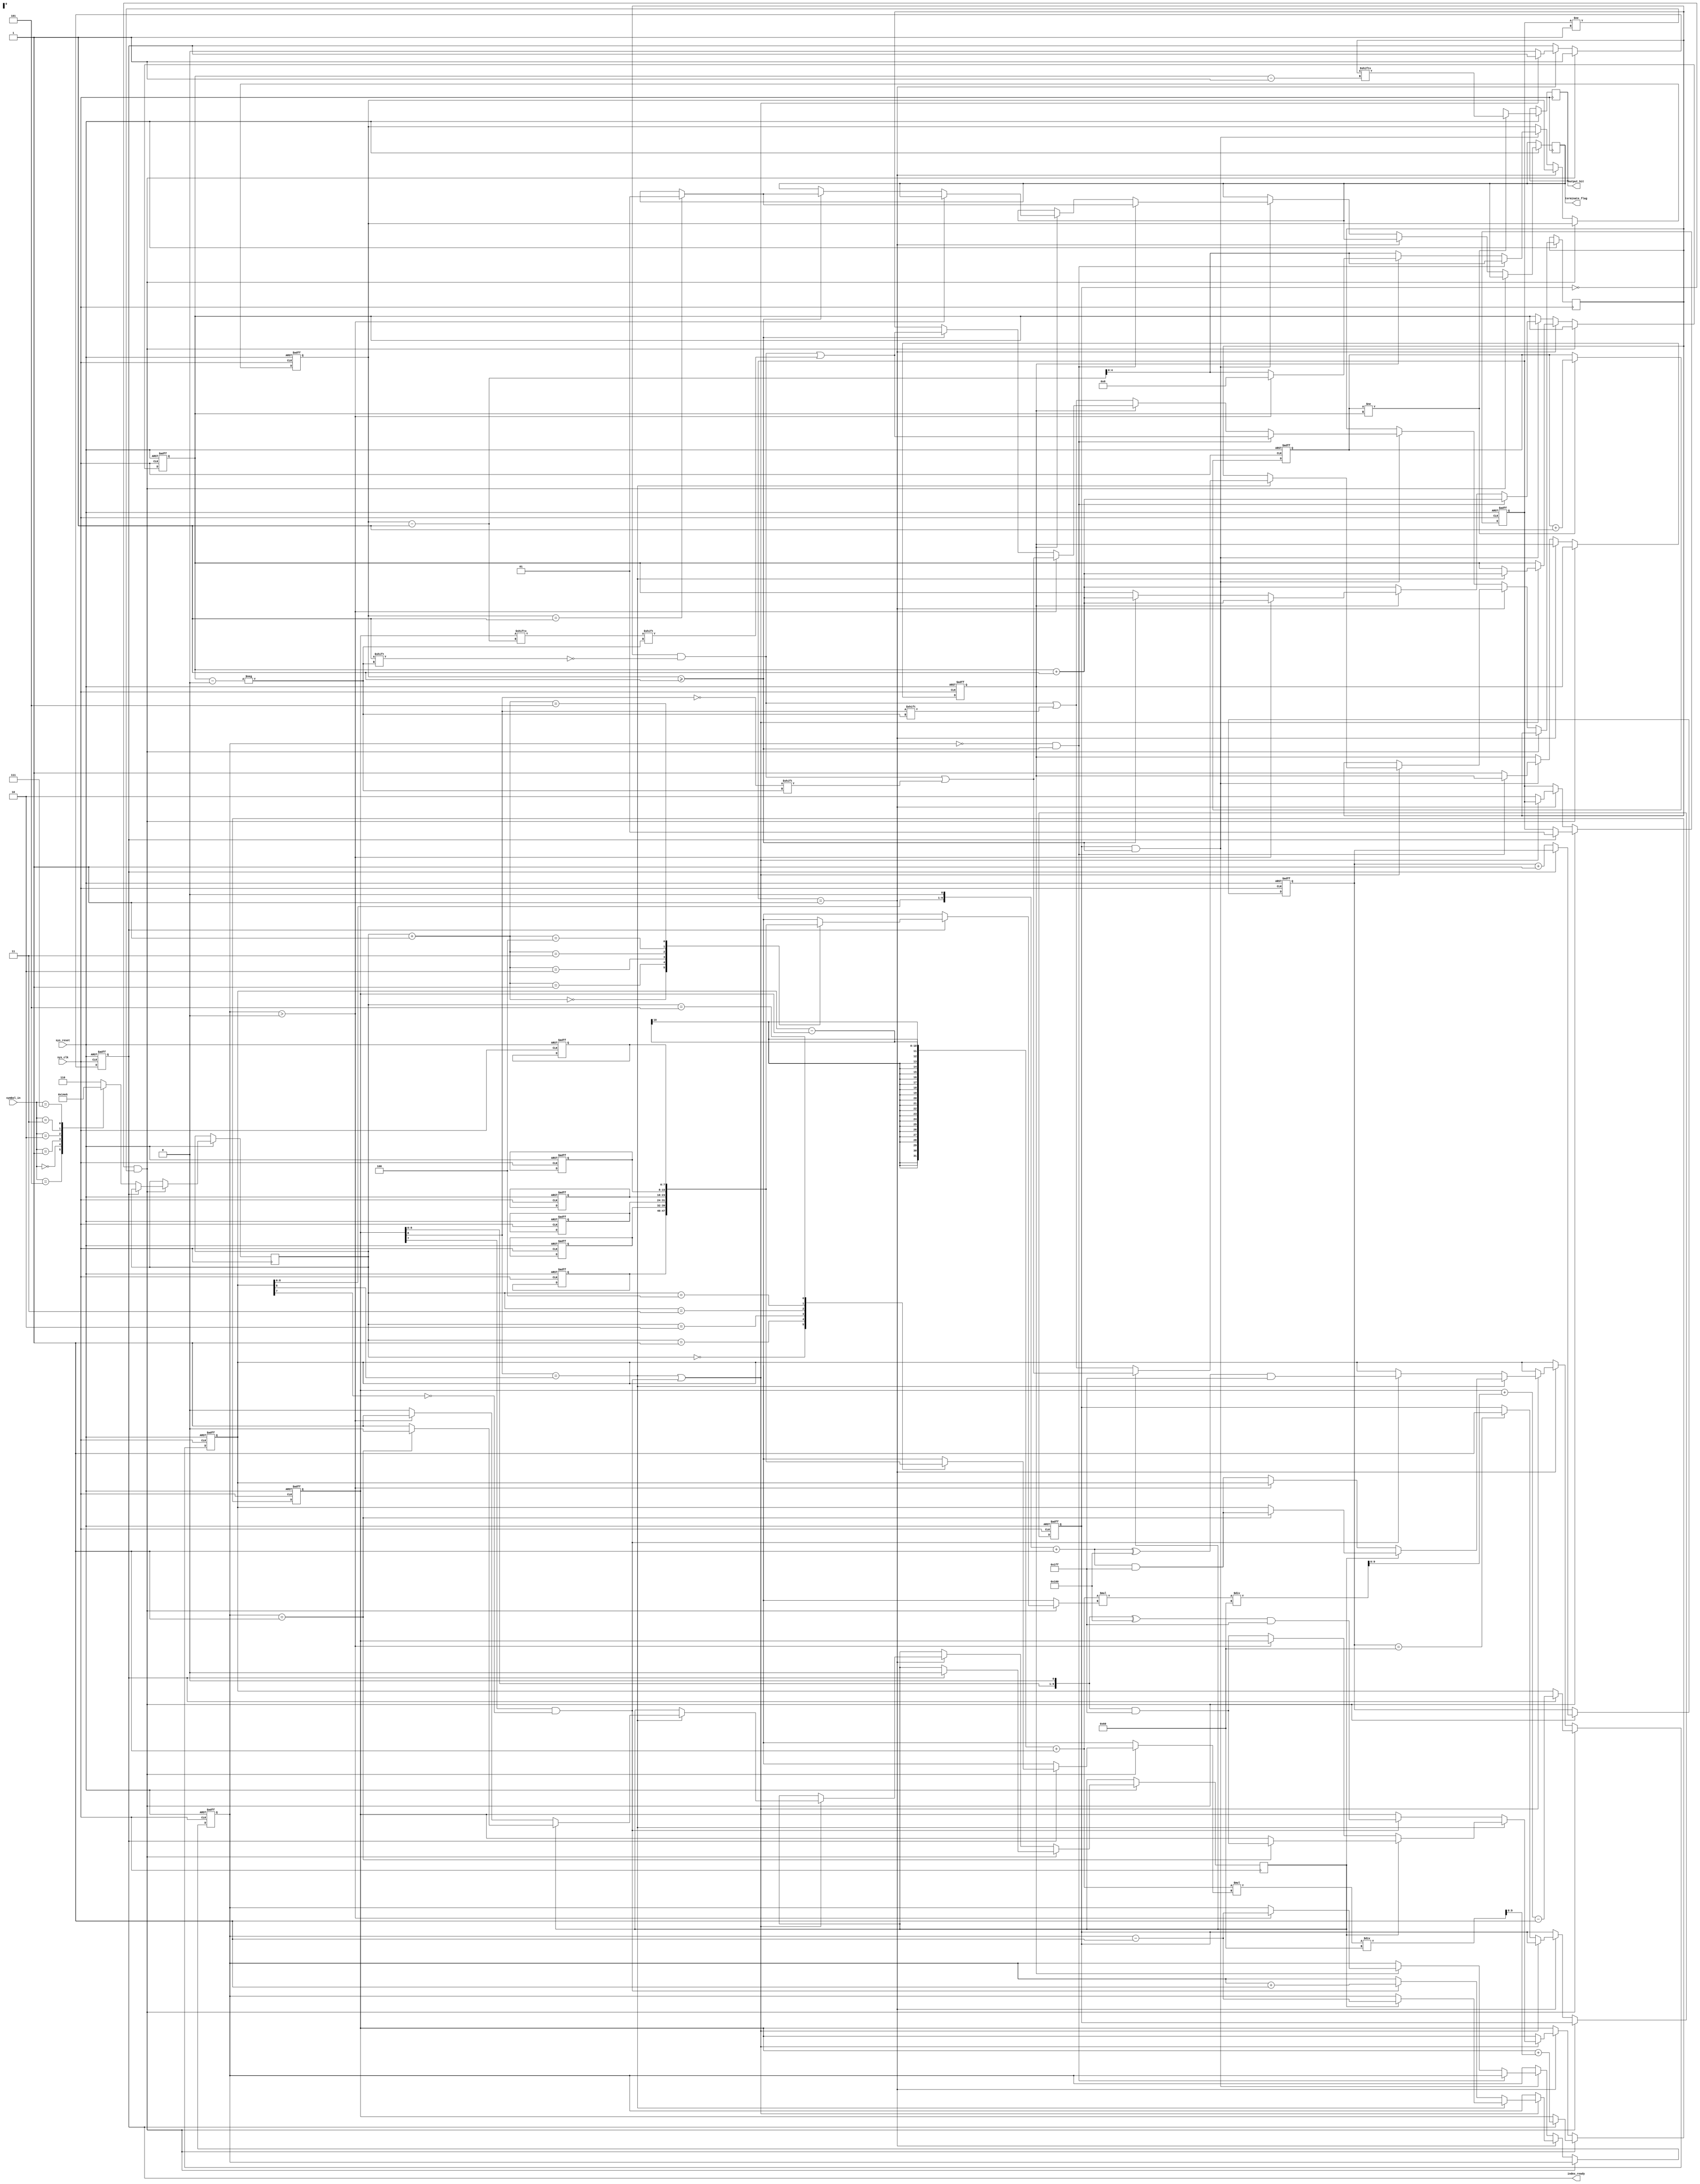
module encoder
(
	input 		wire [2:0]	symbol_in,  
	input 		wire 		sys_clk,
	input 		wire 		sys_reset,
	// cumulative counts vector for the input symbols
	//input 		wire [6:0]   cumulative_counts[0:5], 		// six different symbols

	
	output  	reg	 [0:0]	 output_bit,
	output 		reg	 [1:0]   terminate_flag, //1: mark the ending of encoding, then output the result
	output		reg	 [0:0] 	 index_ready

	
);

	//Compute the Word Length required.
	parameter 		N = 8;              		// N = ceil(log2(total_count)) + 2. TO avoid the index difference: N = 9-1 = 8
	parameter 		total_bits = 96;



reg [7:0]	 cumulative_counts[5:0];
//Initialize the lower and upper bounds.
reg [9:0]	dec_low;	
reg [9:0]	dec_up; 	

	
reg [6:0]	E3_count; 	

reg [2:0] 	cumulative_index;
reg [1:0]	start_flag; // 2:let next symbol in  1: the current symbol is under encoding 			     0: initial state
reg [0:0]	stop_flag;	// 1: start to terminate the encoding of current symbol. 0: current symbol is under encoding

reg [200:0]	code;

reg  [7:0] 	 total_count;	//96 channels counter
reg  [7:0]	 code_index;

reg  [0:0]	 remaining_flag;
reg  [0:0]	 E3_flag;
reg  [4:0]   terminate_counter;

always@(posedge sys_clk or negedge sys_reset)
	begin 
		if(!sys_reset)
			begin
				dec_low 	<= 10'd0;
				dec_up 		<= 10'd511;		  //2^N - 1
			
				E3_count 	<= 7'd0;

				code_index  <= 8'd0;
				stop_flag   <= 1'b0;
				total_count <= 7'd0;
				start_flag  <= 2'b0;
				
				remaining_flag <= 1'b0;
				
				index_ready  <= 1'b0;
				
				cumulative_counts[0] <= 0;
				cumulative_counts[1] <= 2;
				cumulative_counts[2] <= 71;
				cumulative_counts[3] <= 90;
				cumulative_counts[4] <= 94;
				cumulative_counts[5] <= 96;
				
				terminate_counter <= 9;
						
			end
		
			
			
			
		else if ((stop_flag == 1'b0) && (start_flag != 2'b01) )
			begin
				if (index_ready  == 1'b0)
				begin
					case (symbol_in)
						3'b101: cumulative_index <= 0;//-1
						3'b000: cumulative_index <= 1;//0
						3'b001: cumulative_index <= 2;//1
						3'b010: cumulative_index <= 3;//2
						3'b011: cumulative_index <= 4;//3
						3'b111: cumulative_index <= 5;
						
					default: cumulative_index <= 3'b110;
					endcase
					
					index_ready  <= 1'b1;
					
					// counts the number of bits has been compressed
					total_count <= total_count + 1;	
					
					
				end 
				
				else if (index_ready  == 1'b1)
				begin	
			
					// compute the new lower bound
					dec_low <= dec_low + (dec_up - dec_low + 1)*cumulative_counts[cumulative_index]/96;
					
					// compute the new upper bound
					dec_up <= dec_low + (dec_up - dec_low + 1)*cumulative_counts[cumulative_index+1]/96 - 1;
					
					start_flag <= 2'b01;
					
					E3_flag 	<= 1'b0;
					
					//index_ready  <= 1'b0;
				end 
			end
			
		else if (start_flag == 2'b01)
				begin
				
				if (( dec_low[N] == dec_up[N]) || ( (dec_low[N-1] == 1) && (dec_up[N-1] == 0) ))
					begin 
						if (dec_low[N]==dec_up[N])
							begin
								if ( E3_flag == 1'b0 )
									begin
										// get the MSB
										code[code_index] <= dec_low[N];
										// code <= (code + dec_low[N]);
										
										code_index <= code_index + 1;
						
										if (E3_count > 0)
											E3_flag <= 1'b1;
										else 
											begin
												// left shift and complement the new MSB of dec_low and dec_up
												dec_low <= (dec_low << 1) & 10'b01_1111_1111;
												dec_up  <= ((dec_up  << 1) + 1) & 10'b01_1111_1111;
											end 
											
									end 
								// check if E3_count is non-zero and transmit appropriate bits
								// where may takes many cycles to finish the if-loop
								else if ( E3_flag == 1'b1 )
									begin 
										
										// have to transmit complement of b, E3_count times
										E3_count <= E3_count - 1;
										
										code[code_index] <= !dec_low[N];
										
										// code <= {code[199:0], (!dec_low[N])}; 
										code_index <= code_index + 1;
										
										if (E3_count == 1)
											begin	
												E3_flag <= 1'b0;				
												// left shift and complement the new MSB of dec_low and dec_up
												dec_low <= (dec_low << 1) & 10'b01_1111_1111;
												dec_up  <= ((dec_up  << 1) + 1) & 10'b01_1111_1111;
											end
									end

									
							end
							
							// Else if it is an E3 condition
						else if ((dec_low[N-1] == 1) && (dec_up[N-1] == 0))
							begin
								// left shift and complement the new MSB of dec_low and dec_up
								dec_low <= ((dec_low << 1) ^ 10'b01_0000_0000) & 10'b01_1111_1111;
								dec_up  <= (((dec_up  << 1) + 1) ^ 10'b01_0000_0000) & 10'b01_1111_1111;
								
								// Increment E3_count to keep track of number of times E3 condition is hit.
								E3_count <= E3_count + 1;
								
							end
						

					end
						
				else 
					begin
					
					index_ready  <= 1'b0;
					start_flag <= 2'b10;
					
					if (total_count == total_bits)
						begin 
							stop_flag  <= 1'b1;
							
						end
						
					end 
					
				
			end
			
			
			
			
			
		// end of coding
		else if ((stop_flag == 1'b1) && (terminate_counter >=1) )
			begin 
			    // 
				if ((E3_count == 0) && (terminate_counter >=1))
					begin 
						
						code[code_index] <= dec_low[terminate_counter-1] ;
						terminate_counter <= terminate_counter-1;
						code_index <= code_index + 1;
						
						if (terminate_counter == 1)
							terminate_flag <= 1'b1;
						
					end
				else //if (E3_count > 0)
					begin
						terminate_counter <= (terminate_counter - 1);
						// Transmit the MSB of dec_low
						if (remaining_flag == 1'b0)
							begin
								code[code_index] <= dec_low[N];
								code_index <= code_index + 1;
								
								remaining_flag <= 1'b1;
								
							end
						
						
						// Then transmit complement of b (MSB of bin_low), E3_count times
						else if ((E3_count>0))
							begin 
								// have to transmit complement of b, E3_count times
								E3_count <= E3_count - 1;
								
								code[code_index] <= !dec_low[N];
								// code <= {code[199:0], (!dec_low[N])}; 
								code_index <= code_index + 1;
								terminate_counter <= 8;
					
							end
				
						
						// Then transmit the remaining bits of bin_low
						else if (remaining_flag == 1'b1)
							if ( (terminate_counter >= 1))
								begin 
									
									code[code_index] <= dec_low[terminate_counter-1] ;
									code_index <= code_index + 1;
									if (terminate_counter == 1)
										terminate_flag <= 1'b1;
									
								end
					
					end 
				
				
			end 
		
		
			
	end 
	

reg 	[7:0]  output_index; 

// integer j;
always@(posedge sys_clk or negedge sys_reset)
	begin 
		if( !sys_reset )
			begin
				output_index <= 0;
			end 
			
		else if (output_index != code_index)
			begin 
				output_bit <= code[code_index-1];
				output_index <= output_index + 1;
			end 
		else 
			begin
				output_bit <= 1'bx;
				
			end 
		
		
	
		
		// else if (terminate_flag == 1'b1 && terminate_counter!= 0)
			
				//// Output only the filled values
				
				// begin
				
				// for (j = code_index-9; j<=code_index-1; j=j+1)
					// output_bit <= code[code_index - terminate_counter];
					
				//	// end 
		

		
		
	end 


endmodule